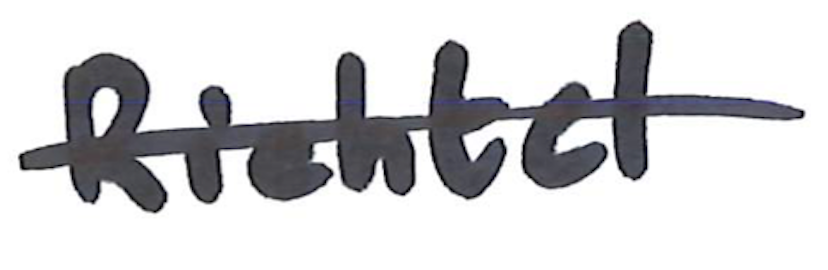
Text: Richtel
Cross-out: single-line
Writing tool: marker